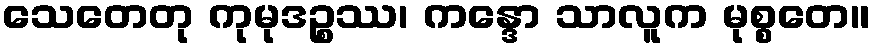
သေတေတု ကုမုဒဉ္စဿ၊ ကန္ဒော သာလူက မုစ္စတေ။